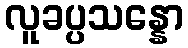
လူခပ္ပသန္နော